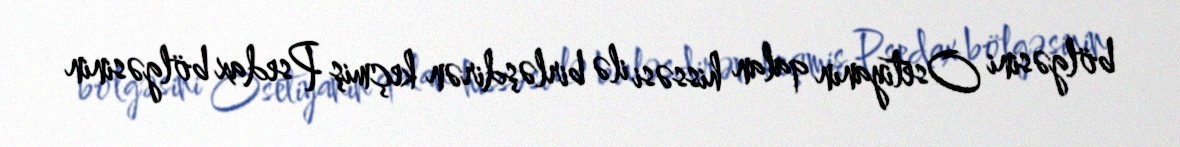
bölgəsini Osetiyanın qalan hissəsi ilə birləşdirən keçmiş Psedax bölgəsinin